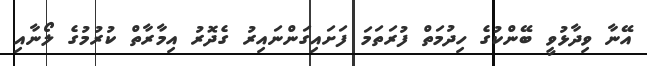
އޭނާ ވިދާޅުވީ ބޭންކުގެ ހިދުމަތް ފުރަތަމަ ފަށައިގަންނައިރު ގެދޮރު އިމާރާތް ކުރުމުގެ ލޯނާއި